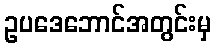
ဥပဒေဘောင်အတွင်းမှ